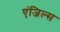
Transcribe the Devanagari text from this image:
एंजिल्स